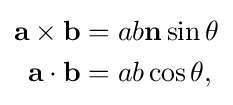
{\begin{aligned}\mathbf {a} \times \mathbf {b} &=ab\mathbf {n} \sin {\theta }\\\mathbf {a} \cdot \mathbf {b} &=ab\cos {\theta },\end{aligned}}